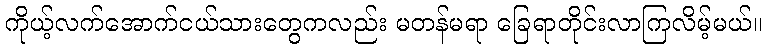
ကိုယ့်လက်အောက်ငယ်သားတွေကလည်း မတန်မရာ ခြေရာတိုင်းလာကြလိမ့်မယ်။